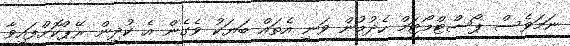
ނަމަވެސް ޕޯސްޓްމޯޓަމް ހެދުމުން ވަނީ އެތައް ބަޔަކު ވެގެން އެ ކުދިން ރޭޕްކޮށްފައިވާ